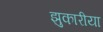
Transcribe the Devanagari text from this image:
झुकारीया